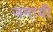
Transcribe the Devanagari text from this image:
जमायी